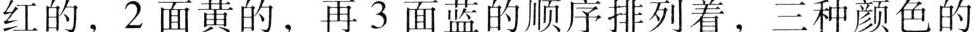
红的，2面黄的，再3面蓝的顺序排列着，三种颜色的